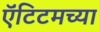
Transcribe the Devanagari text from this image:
ऍंटिटमच्या